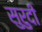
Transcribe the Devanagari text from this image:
सुरुदी